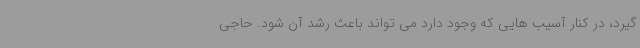
گیرد، در کنار آسیب هایی که وجود دارد می تواند باعث رشد آن شود. حاجی